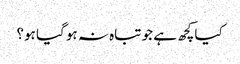
کیاکچھ ہے جو تباہ نہ ہو گیا ہو؟